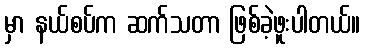
မှာ နယ်စပ်က ဆက်သတာ ဖြစ်ခဲ့ဖူးပါတယ်။